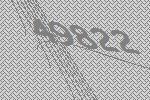
49822